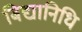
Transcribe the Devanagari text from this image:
बिद्यानिधि